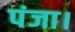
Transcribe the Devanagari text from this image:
पंजा।